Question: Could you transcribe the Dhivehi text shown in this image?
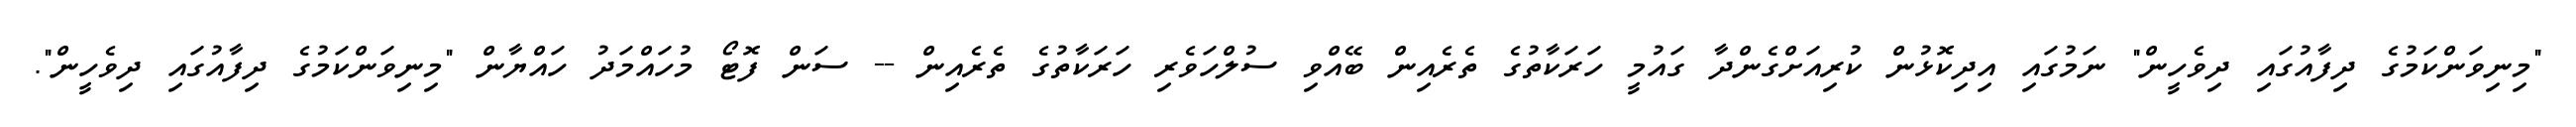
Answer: "މިނިވަންކަމުގެ ދިފާއުގައި ދިވެހީން" ނަމުގައި އިދިކޮޅުން ކުރިއަށްގެންދާ ގައުމީ ހަރަކާތުގެ ތެރެއިން ބޭއްވި ސުލްހަވެރި ހަރަކާތުގެ ތެރެއިން -- ސަން ފޮޓޯ މުހައްމަދު ހައްޔާން "މިނިވަންކަމުގެ ދިފާއުގައި ދިވެހީން".